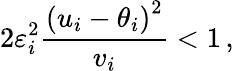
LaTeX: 2\varepsilon_{i}^{2}\frac{\left(u_{i}-\theta_{i}\right)^{2}}{v_{i}}<1\, ,